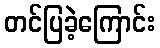
တင်ပြခဲ့ကြောင်း